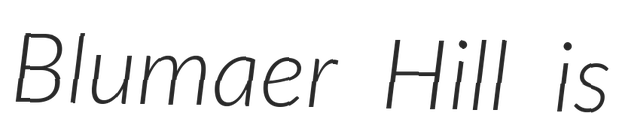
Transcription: Blumaer Hill is